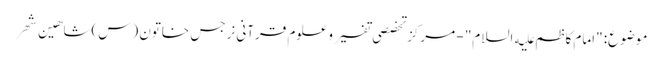
موضوع: "امام کاظم علیه السلام" - مرکز تخصصی تفسیر و علوم قرآنی نرجس خاتون (س)شاهین شهر